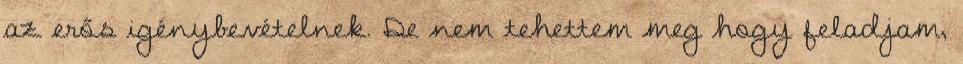
az erős igénybevételnek. De nem tehettem meg hogy feladjam,